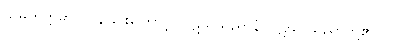
သမတိက္ကမာ၊ လွန်ခြင်းကြောင့်။ ပဋိဃသညာနံ၊ ပဋိဃ သညာတို့၏။ ဝါ၊